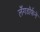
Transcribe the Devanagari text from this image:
लँगडॉर्फने